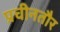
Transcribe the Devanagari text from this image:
प्रचीनतौर